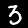
Label: 3